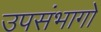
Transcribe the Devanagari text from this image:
उपसंभागों